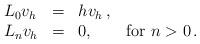
LaTeX: \begin{align*}\begin{array}{lcl} L_0 v_{h} &=& h v_{h}\,, \\ L_{n} v_{h} &=& 0, \qquad\hbox{for $n>0$}\,. \end{array}\end{align*}